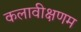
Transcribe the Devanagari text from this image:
कलावीक्षणम